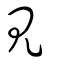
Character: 見